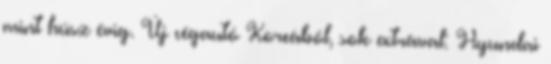
mint húsz évig. Új cégautó Koreából, sok extrával: Hyundai